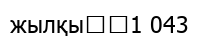
жылқы		1 043